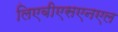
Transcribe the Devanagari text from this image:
लिएबीएसएनएल